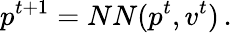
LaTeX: p^{t+1}=NN(p^{t},v^{t})\, .